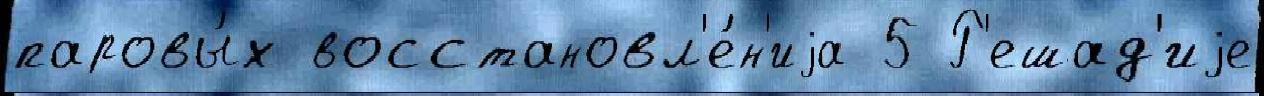
паровы́х восстановл'е́н'иjа 5 Р'ешад'иjе